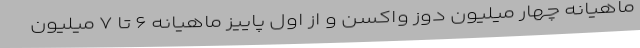
ماهیانه چهار میلیون دوز واکسن و از اول پاییز ماهیانه ۶ تا ۷ میلیون